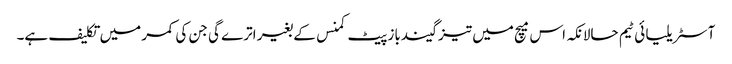
آسٹریلیا ئی ٹیم حالانکہ اس میچ میں تیز گیندباز پیٹ کمنس کے بغیر اترے گی جن کی کمر میں تکلیف ہے۔